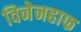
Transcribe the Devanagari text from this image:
विनेनहाफ